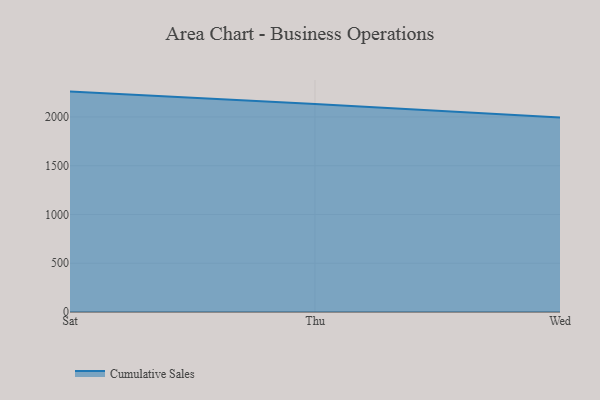
{"axis": {"x": "Day", "y": "Gross Profit (USD K)"}, "legend": ["Cumulative Sales"], "data": [{"x": "Sat", "y": 2260.3, "type": "Cumulative Sales"}, {"x": "Thu", "y": 2133.6, "type": "Cumulative Sales"}, {"x": "Wed", "y": 1995.2, "type": "Cumulative Sales"}]}